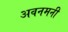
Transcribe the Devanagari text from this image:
अवनमनी